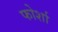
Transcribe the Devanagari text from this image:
फोर्शा